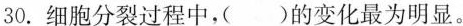
30.细胞分裂过程中，()的变化最为明显。